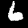
Label: 6